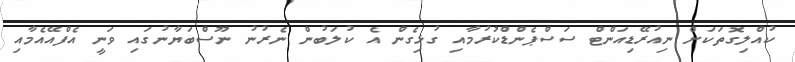
ކުއްލިގޮތަކަށް ނިއުރޭޑިއަންޓް ސަސްޕެންޑްކުރުމާއި ގުޅިގެން އެ ކުލަބުން ނެރުނު ނޫސްބަޔާނުގައި ވަނީ އެފްއޭއެމާއި